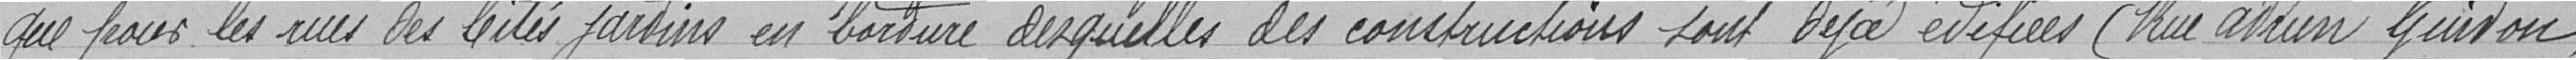
que pour les rues des Cités jardins en bordure desquelles des constructions sont déjà édifiées(Rue adrien Guidon,